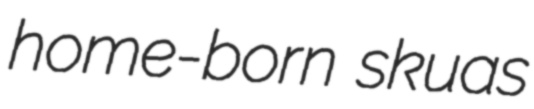
home-born skuas